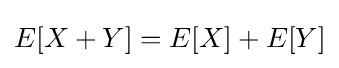
E[X+Y]=E[X]+E[Y]